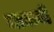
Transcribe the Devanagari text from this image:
जाऋवी